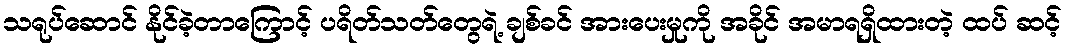
သရုပ်ဆောင် နိုင်ခဲ့တာကြောင့် ပရိတ်သတ်တွေရဲ့ ချစ်ခင် အားပေးမှုကို အခိုင် အမာရရှိထားတဲ့ ထပ် ဆင့်